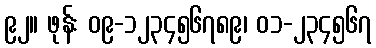
၉၂။ ဖုန်း ၀၉-၁၂၃၄၅၆၇၈၉၊ ၀၁-၂၃၄၅၆၇